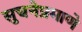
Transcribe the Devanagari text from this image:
सुचनेप्रमाणे